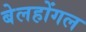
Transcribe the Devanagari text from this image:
बेलहोंगल